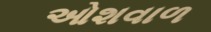
ઓશવાળ